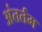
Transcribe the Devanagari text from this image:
अंतर्तम